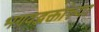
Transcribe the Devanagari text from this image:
भगवद्भक्तांच्या